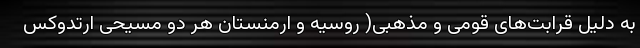
به دلیل قرابت‌های قومی و مذهبی( روسیه و ارمنستان هر دو مسیحی ارتدوکس